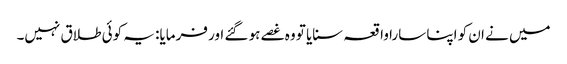
میں نے ان کو اپنا سارا واقعہ سنایا تو وہ غصے ہو گئے اور فرمایا: یہ کوئی طلاق نہیں۔